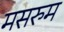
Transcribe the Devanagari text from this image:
मसरुम